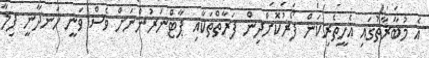
އެ މުބާރާތުގައި އެހީތެރިކަން ފޯރުކޮށްދިން ފަރާތްތަކާއި ޕާޓްނަރުންނަށް ވެސް ވަނީ ހަނދާނީ ފިލާ